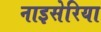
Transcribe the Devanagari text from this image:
नाइसेरिया